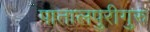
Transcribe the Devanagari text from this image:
पातालपुरीगुरु